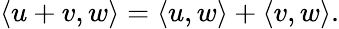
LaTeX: \langle u+v,w\rangle=\langle u,w\rangle+\langle v,w\rangle.